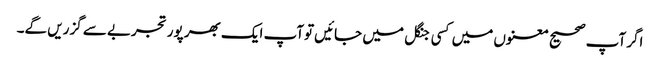
اگر آپ صحیح معنوں میں کسی جنگل میں جائیں توآپ ایک بھر پور تجربے سے گزریں گے۔